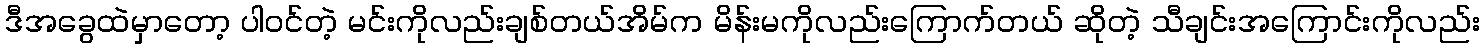
ဒီအခွေထဲမှာတော့ ပါဝင်တဲ့ မင်းကိုလည်းချစ်တယ်အိမ်က မိန်းမကိုလည်းကြောက်တယ် ဆိုတဲ့ သီချင်းအကြောင်းကိုလည်း